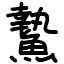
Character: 䲀